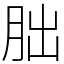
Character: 朏